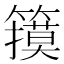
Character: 𱸬